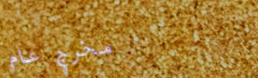
مخرج عام